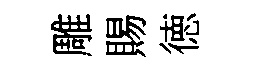
雕賜徳